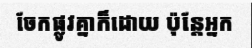
ចែកផ្លូវគ្នាក៏ដោយ ប៉ុន្តែអ្នក